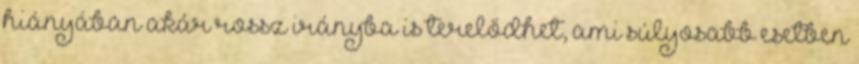
hiányában akár rossz irányba is terelődhet, ami súlyosabb esetben